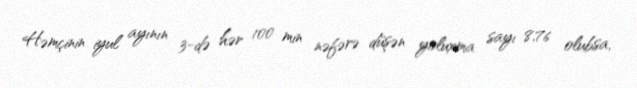
Həmçinin iyul ayının 3-də hər 100 min nəfərə düşən yoluxma sayı 8,76 olubsa,